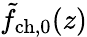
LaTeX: \tilde{f}_{\mathrm{ch,0}}(z)